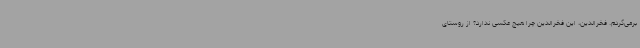
برمی‌گردم. فخر‌الدین، این فخر‌الدین چرا هیچ عکسی ندارد؟ از روستای